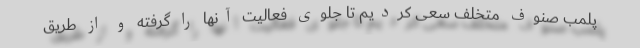
پلمب صنوف متخلف سعی کردیم تا جلوی فعالیت آنها را گرفته و از طریق